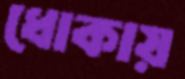
ধোকায়